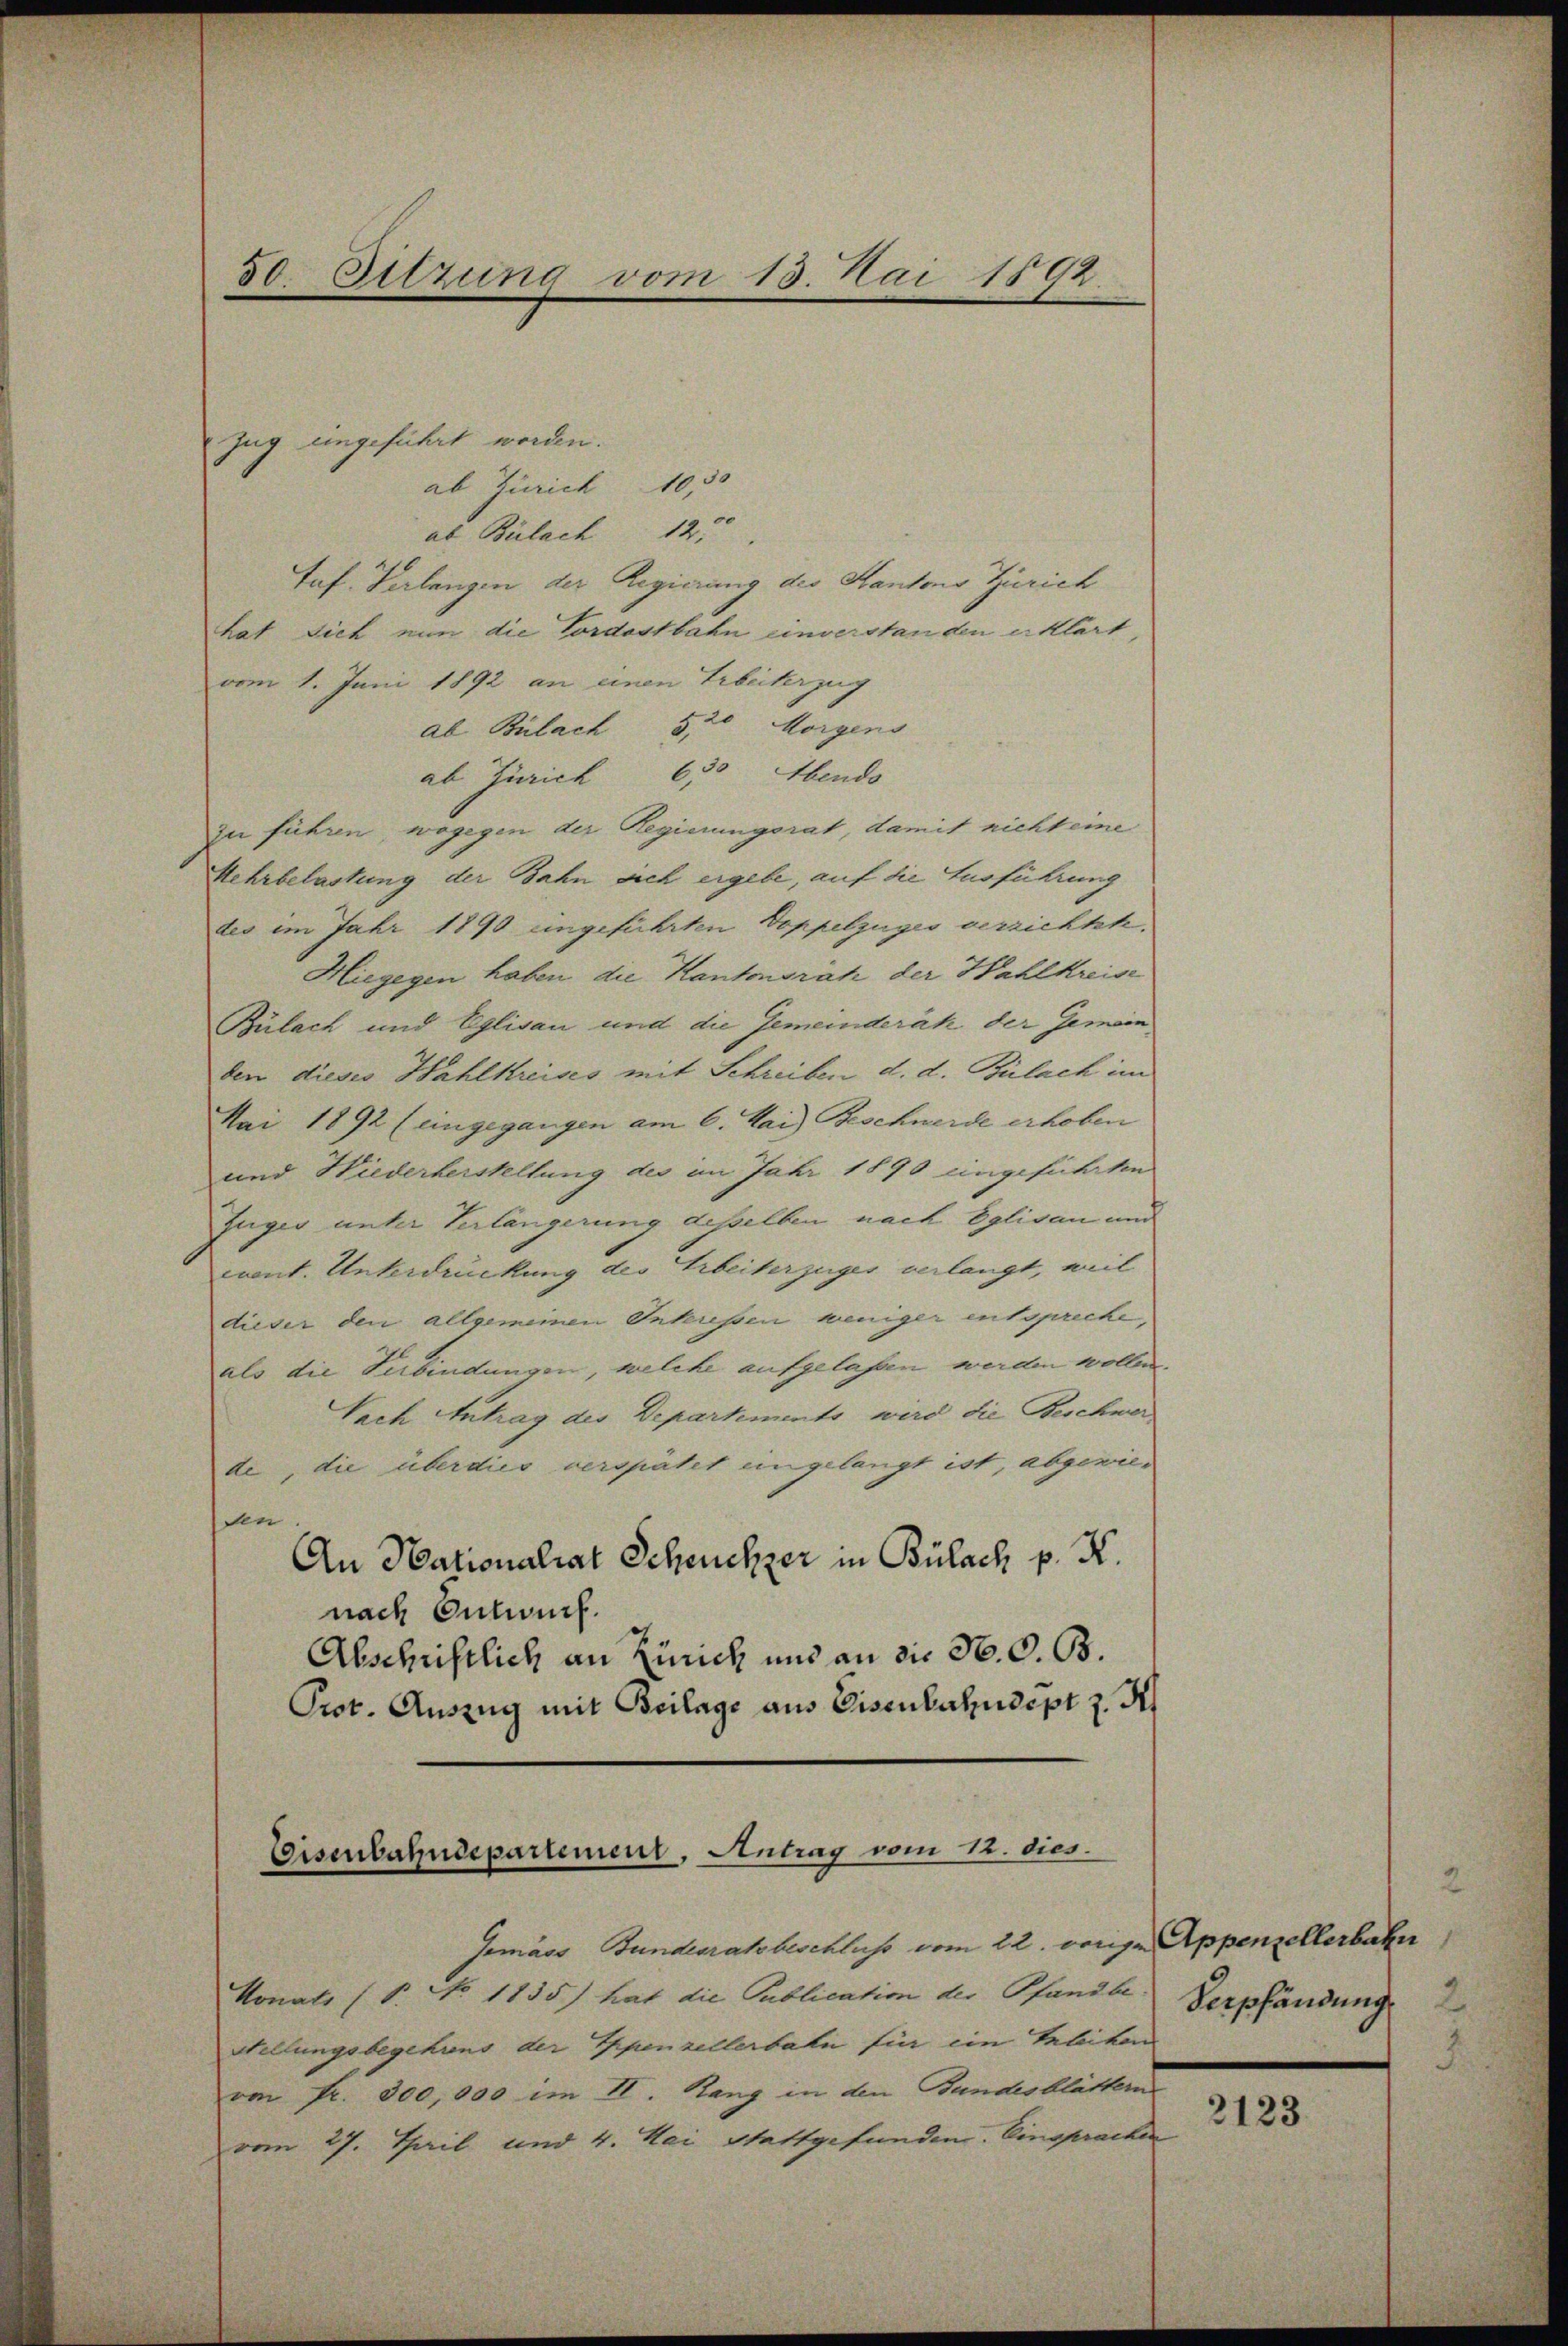
50. Sitzung vom 13. Mai 1892.

Zug ungeführt worden.
ab Zürich 10 30
ab Bülach 12
tuf. Verlangen der Regierung des Kantons Zürich
hat sich nun die Cordostbahn einverstanden erklärt,
vom 1. Juni 1892 an einen Erbeiterzug
ab Bülach 5, 20 Morgens
ab Zürich 650 Abends
zu führen, wogegen der Regierungsrat, damit nicht eine
Hehrbelastung der Bahn sich ergebe, auf die Ausführung
des im Jahr 1890 angeführten Doppelzuges verzichtete,
Hiegegen haben die Kantonsrak der Wahlkreise
Bülach und Eglisau und die Gemeinderät der Gemein
den dieses Hahlkreises mit Schreiben d. d. Bülach im
Mai 1892 (eingegangen am 6. Mai) Beschwerde erhoben
und Wiederherstellung des im Jahr 1890 eingeführten
Zuges unter Verlängerung desselben nach Eglisau und
event. Unterdrückung des Arbeiterzuges verlangt, al
dieser den allgemeinen Interessen weniger entspreche,
als die Verbindungen, welche aufgelassen werden wollen.
Nach Antrag des Departements wird die Beschwer
de, die überdies verspätet eingelangt ist, abgewiedin
An Nationalrat Scheuchzer in Bülach p. K.
nach Entwurf.
Abschriftlich an Zürich und an die N. O. B.
Prot. Auszug mit Beilage aus Eisenbahndept z. H

Eeisenbahndepartement, Antrag vom 12. dies

Gemäss Bundesratsbeschluss vom 22. wenige Appenzellerbahn
Monats (§ No 1135) hat die Publication des Pfandbe
Stellungsbegehrens der Appenzellerbahn für ein Teleiten
von Fr. 300,000 im II. Rang in den Bundesblättern
vom 27. Thail und 4. Mai Stattgefunden. Einsprache

Verpfändung

2123.